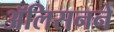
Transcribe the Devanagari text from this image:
ॲलिसनने